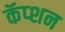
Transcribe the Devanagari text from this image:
कॅप्शन